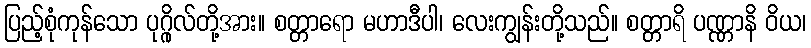
ပြည့်စုံကုန်သော ပုဂ္ဂိုလ်တို့အား။ စတ္တာရော မဟာဒီပါ၊ လေးကျွန်းတို့သည်။ စတ္တာရိ ပဏ္ဏာနိ ဝိယ၊